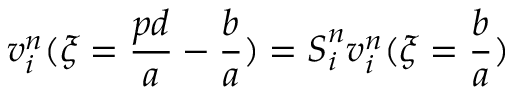
\boldsymbol { v } _ { i } ^ { n } ( \xi = \frac { p d } { a } - \frac { b } { a } ) = \boldsymbol { S } _ { i } ^ { n } \boldsymbol { v } _ { i } ^ { n } ( \xi = \frac { b } { a } )